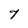
Character: 7